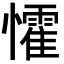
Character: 𭟙